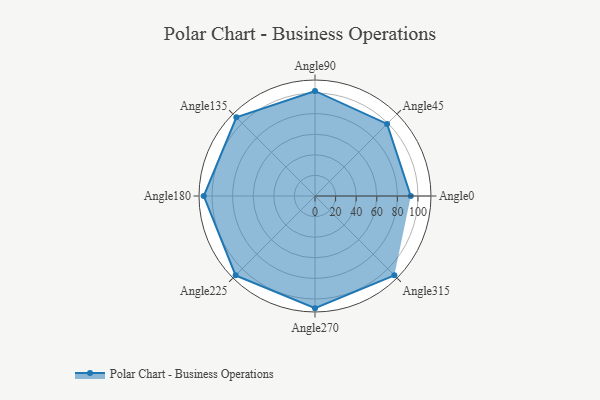
{"axis": {"x": "Angle", "y": "Radius"}, "legend": [""], "data": [{"x": "Angle0", "y": 93.0, "type": ""}, {"x": "Angle45", "y": 99.0, "type": ""}, {"x": "Angle90", "y": 102.0, "type": ""}, {"x": "Angle135", "y": 108.0, "type": ""}, {"x": "Angle180", "y": 108.0, "type": ""}, {"x": "Angle225", "y": 109.0, "type": ""}, {"x": "Angle270", "y": 109.0, "type": ""}, {"x": "Angle315", "y": 109.0, "type": ""}]}